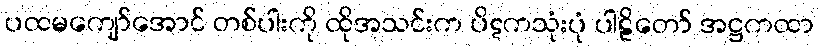
ပထမကျော်အောင် တစ်ပါးကို ထိုအသင်းက ပိဋကသုံးပုံ ပါဠိတော် အဋ္ဌကထာ